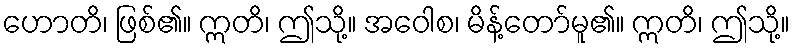
ဟောတိ၊ ဖြစ်၏။ ဣတိ၊ ဤသို့။ အဝေါစ၊ မိန့်တော်မူ၏။ ဣတိ၊ ဤသို့။